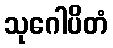
သုဂေါပိတံ